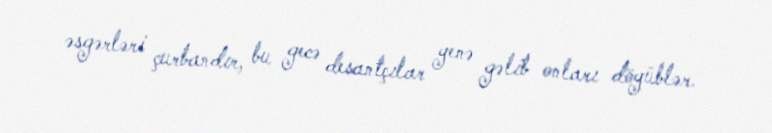
əsgərləri çurbandır, bu gecə desantçılar yenə gəlib onları döyüblər.